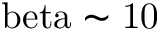
\mathrm { \ b e t a \sim 1 0 }